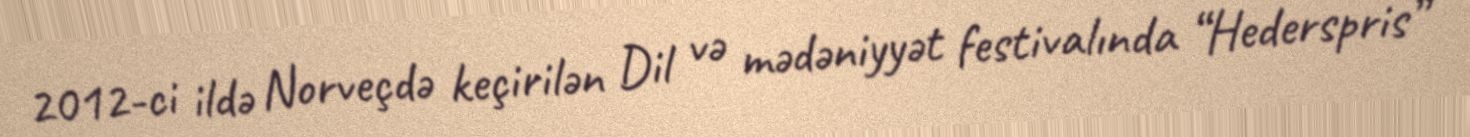
2012-ci ildə Norveçdə keçirilən Dil və mədəniyyət festivalında “Hederspris”